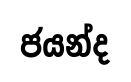
ජයන්ද